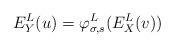
LaTeX: \begin{align*}E^L_Y(u) = \varphi^L_{\sigma, s}(E^L_X(v))\end{align*}